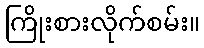
ကြိုးစားလိုက်စမ်း။